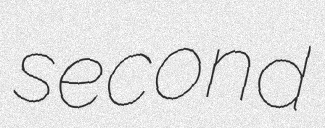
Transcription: second